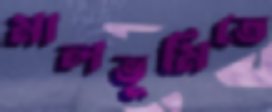
মালভূমিতে